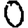
Digit: 0